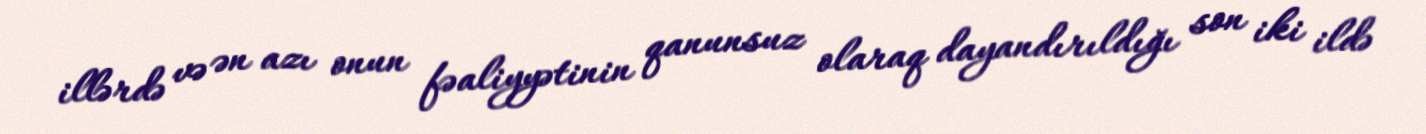
illərdə və ən azı onun fəaliyyətinin qanunsuz olaraq dayandırıldığı son iki ildə